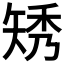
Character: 𥏗